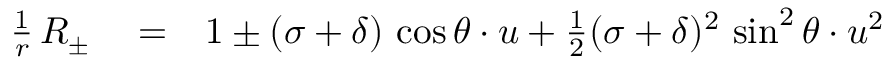
\begin{array} { r l r } { \frac { 1 } { r } \, R _ { \pm } } & { { } = } & { 1 \pm ( \sigma + \delta ) \, \cos \theta \cdot u + \frac { 1 } { 2 } ( \sigma + \delta ) ^ { 2 } \, \sin ^ { 2 } \theta \cdot u ^ { 2 } } \end{array}